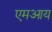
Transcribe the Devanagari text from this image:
एमआय